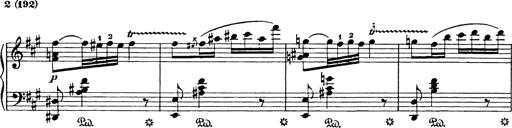
Title: Hungarian Rhapsody No.18
Composer: Franz Liszt
Key: F-sharp minor